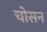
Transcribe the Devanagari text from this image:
चोसन